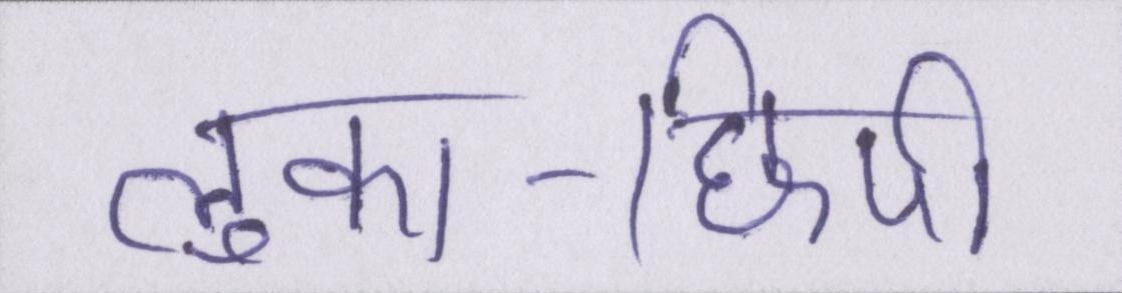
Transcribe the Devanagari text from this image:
लुका-छिपी